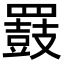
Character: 𪔒